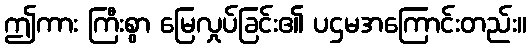
ဤကား ကြီးစွာ မြေလှုပ်ခြင်း၏ ပဌမအကြောင်းတည်း။